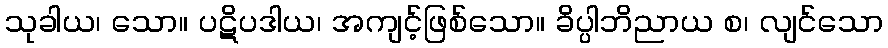
သုခါယ၊ သော။ ပဋိပဒါယ၊ အကျင့်ဖြစ်သော။ ခိပ္ပါဘိညာယ စ၊ လျင်သော